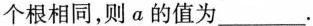
个根相同，则a的值为___.